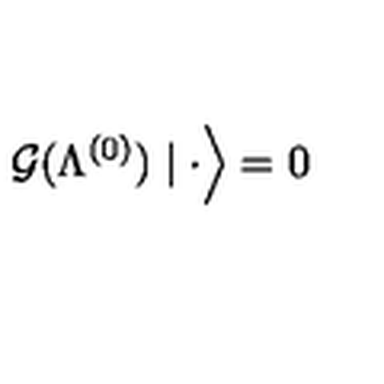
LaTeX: \left. { \cal G } ( \Lambda ^ { ( 0 ) } ) \mid \cdot \right\rangle = 0